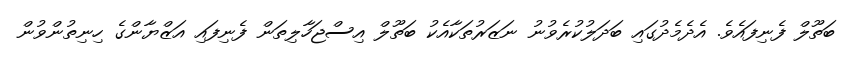
ބަތޫލް ފެނިފައެވެ. އެދެމެދުގައި ބަދަލުކުރެވުނު ނަޒަރުތަކާއެކު ބަތޫލް އިސްޖަހާލިތަން ފެނިފައި އަޒްޔާންގެ ހިނިތުންވުން